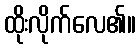
ထိုးလိုက်လေ၏။